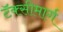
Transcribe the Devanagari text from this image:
टॅक्सीमार्ग